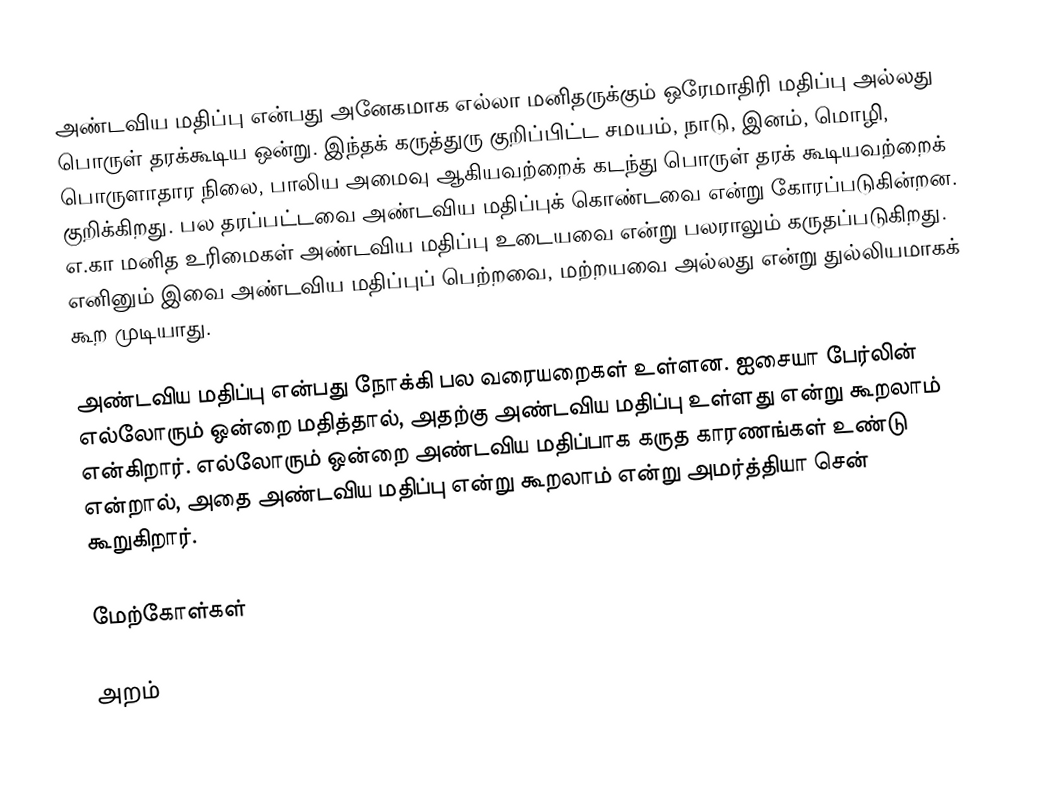
அண்டவிய மதிப்பு என்பது அனேகமாக எல்லா மனிதருக்கும் ஒரேமாதிரி மதிப்பு அல்லது பொருள் தரக்கூடிய ஒன்று.  இந்தக் கருத்துரு குறிப்பிட்ட சமயம், நாடு, இனம், மொழி, பொருளாதார நிலை, பாலிய அமைவு ஆகியவற்றைக் கடந்து பொருள் தரக் கூடியவற்றைக் குறிக்கிறது.  பல தரப்பட்டவை அண்டவிய மதிப்புக் கொண்டவை என்று கோரப்படுகின்றன.  எ.கா மனித உரிமைகள் அண்டவிய மதிப்பு உடையவை என்று பலராலும் கருதப்படுகிறது.  எனினும் இவை அண்டவிய மதிப்புப் பெற்றவை, மற்றயவை அல்லது என்று துல்லியமாகக் கூற முடியாது.

அண்டவிய மதிப்பு என்பது நோக்கி பல வரையறைகள் உள்ளன.  ஐசையா பேர்லின் எல்லோரும் ஒன்றை மதித்தால், அதற்கு அண்டவிய மதிப்பு உள்ளது என்று கூறலாம் என்கிறார்.  எல்லோரும் ஒன்றை அண்டவிய மதிப்பாக கருத காரணங்கள் உண்டு என்றால், அதை அண்டவிய மதிப்பு என்று கூறலாம் என்று அமர்த்தியா சென் கூறுகிறார்.

மேற்கோள்கள்

அறம்